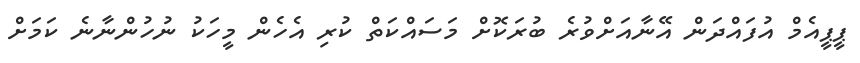
ޕީޕީއެމް އުފައްދަން އޭނާއަށްވުރެ ބުރަކޮށް މަސައްކަތް ކުރި އެހެން މީހަކު ނުހުންނާނެ ކަމަށް